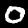
Label: 0